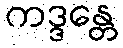
ကဒ္ဒန္တေ